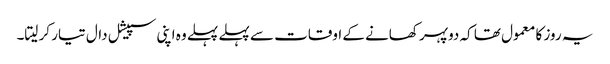
یہ روز کا معمول تھا کہ دوپہر کھانے کے اوقات سے پہلے پہلے وہ اپنی سپیشل دال تیار کر لیتا۔